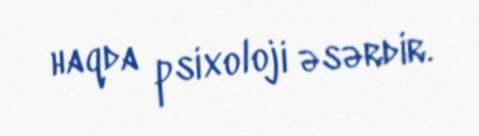
haqda psixoloji əsərdir.